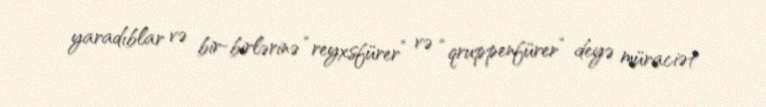
yaradıblar və bir-birlərinə “reyxsfürer” və “qruppenfürer” deyə müraciət